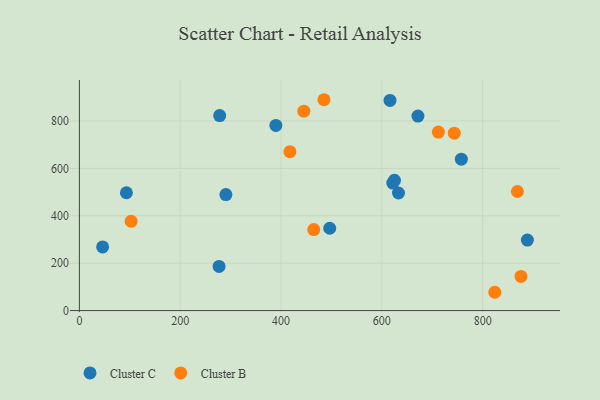
{"axis": {"x": "Price", "y": "Rating"}, "legend": ["Cluster B", "Cluster C"], "data": [{"x": "625.0", "y": 549.8, "type": "Cluster C"}, {"x": "278.3", "y": 822.8, "type": "Cluster C"}, {"x": "621.7", "y": 537.9, "type": "Cluster C"}, {"x": "888.7", "y": 297.4, "type": "Cluster C"}, {"x": "46.1", "y": 268.4, "type": "Cluster C"}, {"x": "290.6", "y": 489.7, "type": "Cluster C"}, {"x": "389.8", "y": 781.3, "type": "Cluster C"}, {"x": "616.2", "y": 886.7, "type": "Cluster C"}, {"x": "496.6", "y": 347.4, "type": "Cluster C"}, {"x": "671.6", "y": 820.7, "type": "Cluster C"}, {"x": "93.3", "y": 497.3, "type": "Cluster C"}, {"x": "757.7", "y": 638.7, "type": "Cluster C"}, {"x": "633.0", "y": 496.1, "type": "Cluster C"}, {"x": "277.1", "y": 186.3, "type": "Cluster C"}, {"x": "876.0", "y": 144.3, "type": "Cluster B"}, {"x": "485.2", "y": 889.8, "type": "Cluster B"}, {"x": "712.1", "y": 753.4, "type": "Cluster B"}, {"x": "824.1", "y": 77.2, "type": "Cluster B"}, {"x": "417.6", "y": 670.7, "type": "Cluster B"}, {"x": "868.9", "y": 502.5, "type": "Cluster B"}, {"x": "743.7", "y": 748.8, "type": "Cluster B"}, {"x": "445.3", "y": 841.6, "type": "Cluster B"}, {"x": "102.6", "y": 376.9, "type": "Cluster B"}, {"x": "464.9", "y": 341.9, "type": "Cluster B"}]}